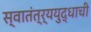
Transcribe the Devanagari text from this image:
स्वातंत्र्ययुद्धाची